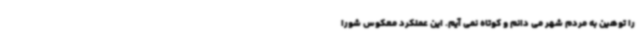
را توهین به مردم شهر می دانم و کوتاه نمی آیم. این عملکرد معکوس شورا